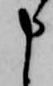
申